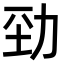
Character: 𠡕